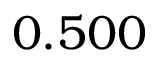
0 . 5 0 0